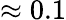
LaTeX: \approx 0.1